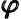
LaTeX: {\pmb\varphi}